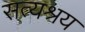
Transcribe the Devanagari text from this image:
सत्यश्रय